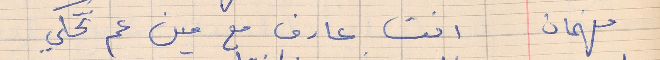
فهمان     انت عارف مع مين عم تحكي